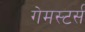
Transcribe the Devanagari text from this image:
गेमस्टर्स